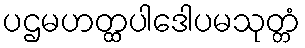
ပဌမဟတ္ထပါဒေါပမသုတ္တံ